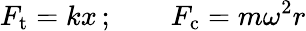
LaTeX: F_{\mathrm{t}}=kx\, ;\qquad F_{\mathrm{c}}=m\omega^{2}r